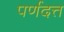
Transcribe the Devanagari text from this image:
पर्णदत्त